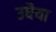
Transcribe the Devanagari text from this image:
उघैया